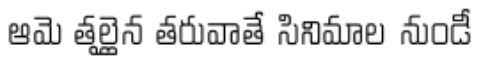
ఆమె తల్లైన తరువాతే సినిమాల నుండీ